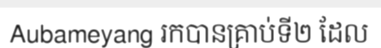
Aubameyang រកបានគ្រាប់ទី២ ដែល